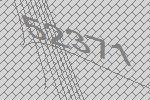
52371